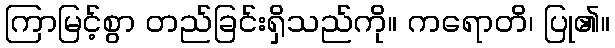
ကြာမြင့်စွာ တည်ခြင်းရှိသည်ကို။ ကရောတိ၊ ပြု၏။